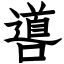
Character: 噵